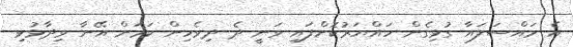
އެ މައްސަލައާ ގުޅިގެން ހައްޔަރުކޮށްފައި ވަނީ ދެ ދިވެހިން ކަމަށް އޭނާ ވިދާޅުވި